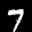
Label: 7